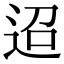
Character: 迢